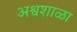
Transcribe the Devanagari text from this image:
अश्वशाळा